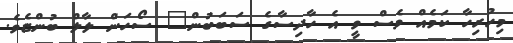
މިހުރިހާ ކަމެއް ވެސް ވީ އެ ހާދިސާގެ ސަބަބުން" ސޯހަން ލާލް ބުންޏެވެ.